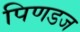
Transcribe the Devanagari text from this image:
पिणडज